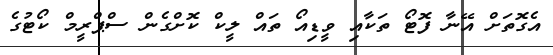
އެގޮތަށް އޭނާ ފޮޓޯ ތަކާއި ވީޑިއޯ ތައް ލީކް ކޮށްގެން ސްޕްރީމް ކޯޓުގެ